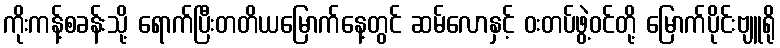
ကိုးကန့်စခန်းသို့ ရောက်ပြီးတတိယမြောက်နေ့တွင် ဆမ်လောနှင့် ဝးတပ်ဖွဲ့ဝင်တို့ မြောက်ပိုင်းဗျူရို